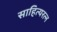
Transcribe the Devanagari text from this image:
साहित्यरत्‍न